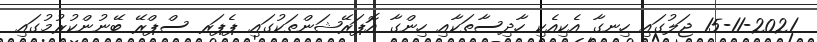
15-11-2021 ޖަލުގައި ހިނގާ އެކިއެކި ހާދިސާތަކާއި ހިންގާ އޮޕަރޭޝަންތަކުގައި ޕެޕަރ ސްޕްރޭ ބޭނުންކުރުމުގައި